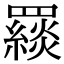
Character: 𦌪